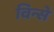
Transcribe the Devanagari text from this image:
विन्से